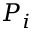
P _ { i }